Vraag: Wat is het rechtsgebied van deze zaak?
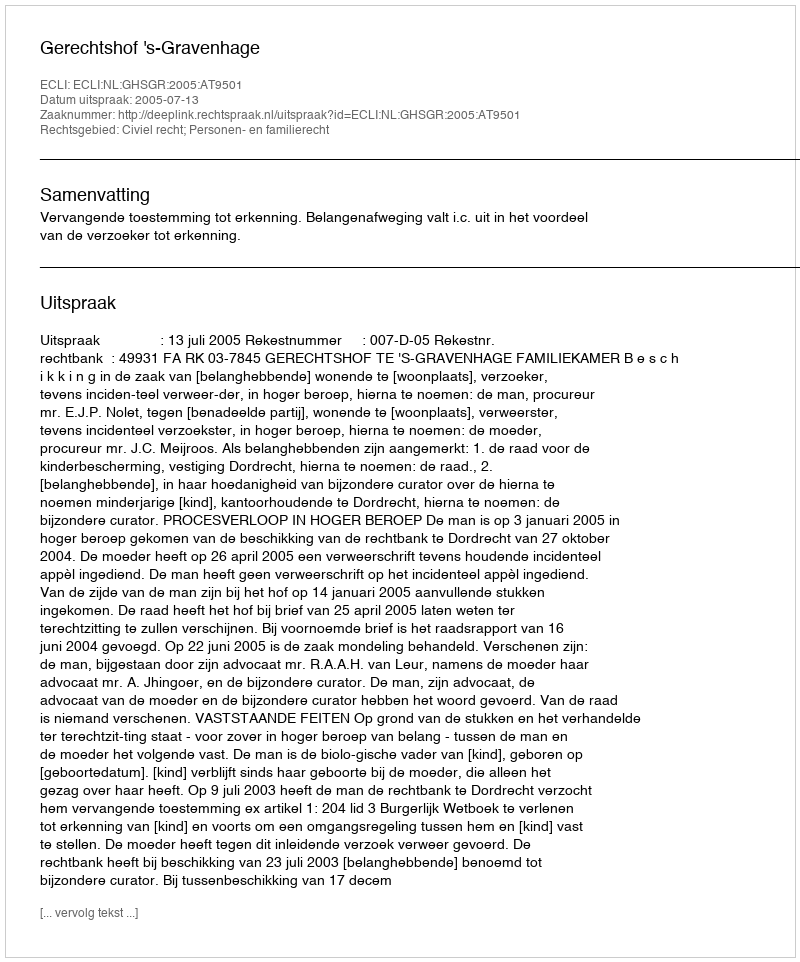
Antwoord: Civiel recht; Personen- en familierecht